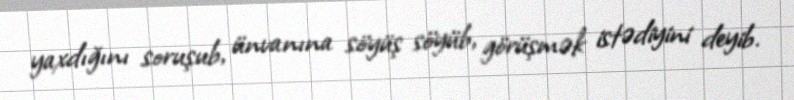
yaxdığını soruşub, ünvanına söyüş söyüb, görüşmək istədiyini deyib.